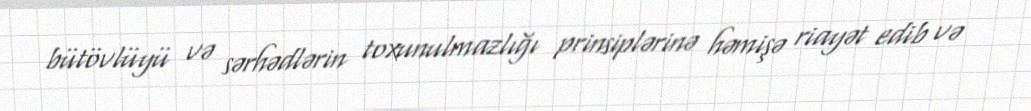
bütövlüyü və sərhədlərin toxunulmazlığı prinsiplərinə həmişə riayət edib və